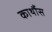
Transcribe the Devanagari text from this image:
कार्थौस